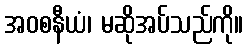
အဝစနီယံ၊ မဆိုအပ်သည်ကို။